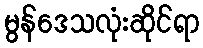
မွန်ဒေသလုံးဆိုင်ရာ